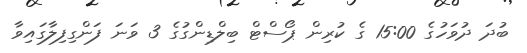
ބުދަ ދުވަހުގެ 15:00 ގެ ކުރިން ޕޯސްޓް ބިލްޑިންގުގެ 3 ވަނަ ފަންގިފިލާގައިވާ